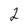
Character: 2